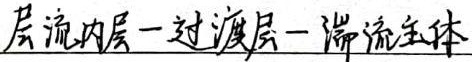
层流内层 - 过渡层 - 湍流主体